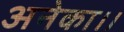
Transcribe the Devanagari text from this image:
अनेका।।